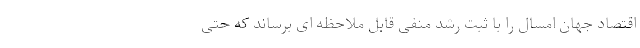
اقتصاد جهان امسال را با ثبت رشد منفی قابل ملاحظه ای برساند که حتی